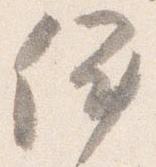
依